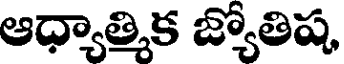
ఆధ్యాత్మిక జ్యోతిష,